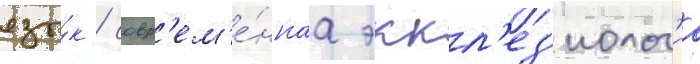
язы́к / совр'ем'е́ннаа эккл'ез'иолог'иа